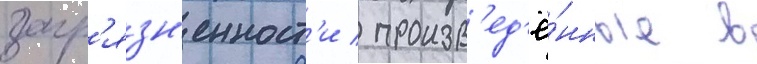
загр'язн'енност'и / произв'ед'ё́нные в